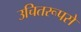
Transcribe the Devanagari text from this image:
उचितरूपसे